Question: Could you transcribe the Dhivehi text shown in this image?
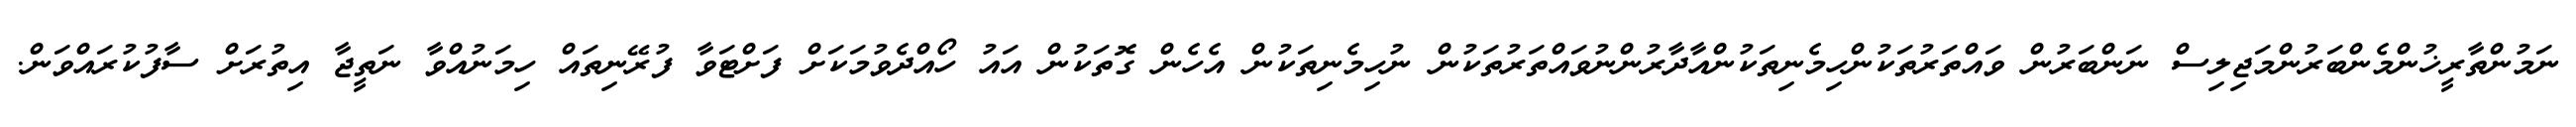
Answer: ނަމުންތާރީޚުންމެންބަރުންމަޖިލިސް ނަންބަރުން ވައްތަރުތަކުންހިމެނިތަކުންއާދާރުންނުވައްތަރުތަކުން ނުހިމެނިތަކުން އެހެން ގޮތަކުން އައު ހޯއްދެވުމަކަށް ފަށްޓަވާ ފުރޭނިތައް ހިމަނުއްވާ ނަތީޖާ އިތުރަށް ސާފުކުރައްވަން.